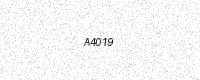
Text: A4019